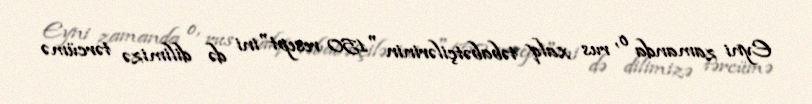
Eyni zamanda o, rus xalq təbabətçilərinin "150 resept"ini də dilimizə tərcümə